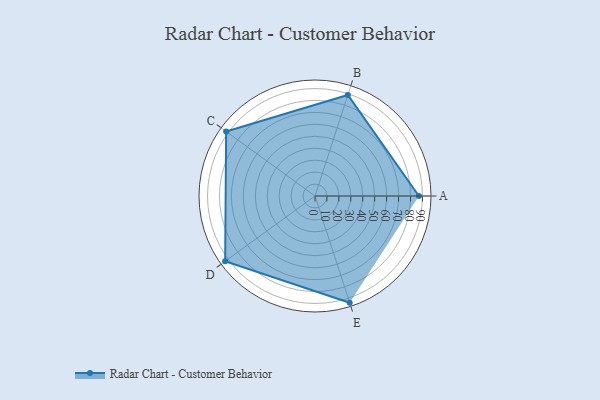
{"axis": {"x": "Skill", "y": "Score"}, "legend": ["Profile"], "data": [{"x": "A", "y": 87.0, "type": "Profile"}, {"x": "B", "y": 89.0, "type": "Profile"}, {"x": "C", "y": 92.0, "type": "Profile"}, {"x": "D", "y": 93.0, "type": "Profile"}, {"x": "E", "y": 94.0, "type": "Profile"}]}